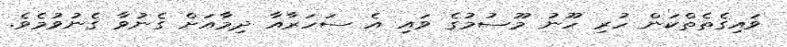
ވައިގެތެތްކަން ހުރި ހޫނު މޫސުމުގެ ވައި އެ ސަހަރާއާ ދިމާއަށް ގެނުވާ ގެނުވުމެވެ.